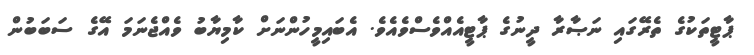
ޕާޓީތަކުގެ ތެރޭގައި ނަޞާރާ ދީނުގެ ޕާޓީއެއްވެސްވެއެވެ. އެބައިމީހުންނަށް ކާމިޔާބު ވެއްޖެނަމަ އޭގެ ސަބަބުން